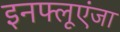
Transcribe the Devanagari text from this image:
इनफ्लूएंजा